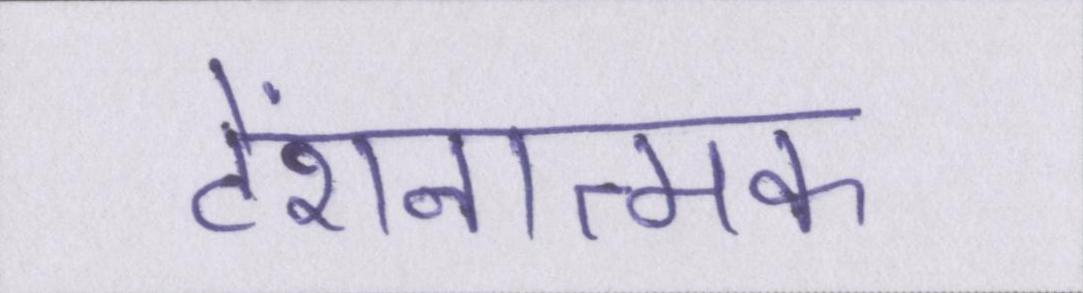
टेंशनात्मक